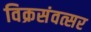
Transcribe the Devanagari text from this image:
विक्रसंवत्सर